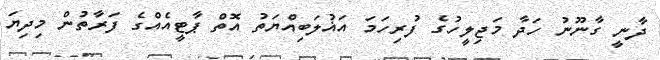
ދާނީ ގާނޫނު ހަދާ މަޖިލީހުގެ ފުރިހަމަ އަޣުލަބިއްޔަތު އޮތް ޕާޓީއެއްގެ ފަރާތުން މިދިޔަ